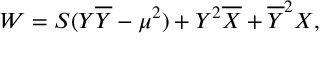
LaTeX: W = S ( Y \overline { { Y } } - \mu ^ { 2 } ) + Y ^ { 2 } \overline { { X } } + \overline { { Y } } ^ { 2 } X ,